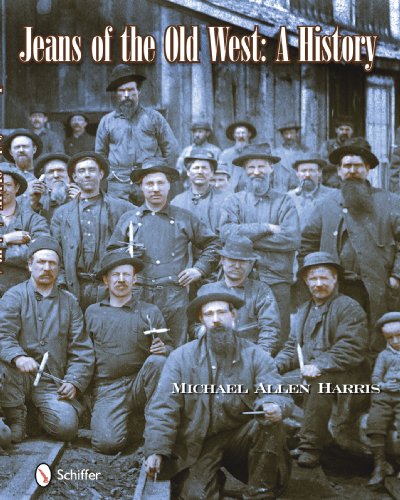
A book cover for Jeans of the Old West; Michael Harris; Crafts, Hobbies & Home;